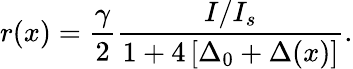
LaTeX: r(x)=\frac{\gamma}{2}\frac{I/I_{s}}{1+4\left[\Delta_{0}+\Delta(x)\right]}.